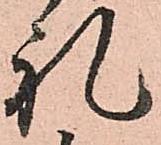
礼